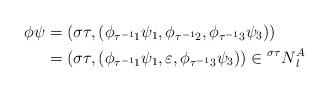
LaTeX: \begin{align*} \phi \psi & = (\sigma \tau,(\phi_{\tau^{-1}1} \psi_1, \phi_{\tau^{-1}2}, \phi_{\tau^{-1}3} \psi_3))\\&= (\sigma \tau,(\phi_{\tau^{-1}1} \psi_1, \varepsilon, \phi_{\tau^{-1}3} \psi_3)) \in \prescript{\sigma \tau}{}N_l^A \end{align*}